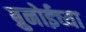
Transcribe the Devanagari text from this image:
ब्रुनोईच्या